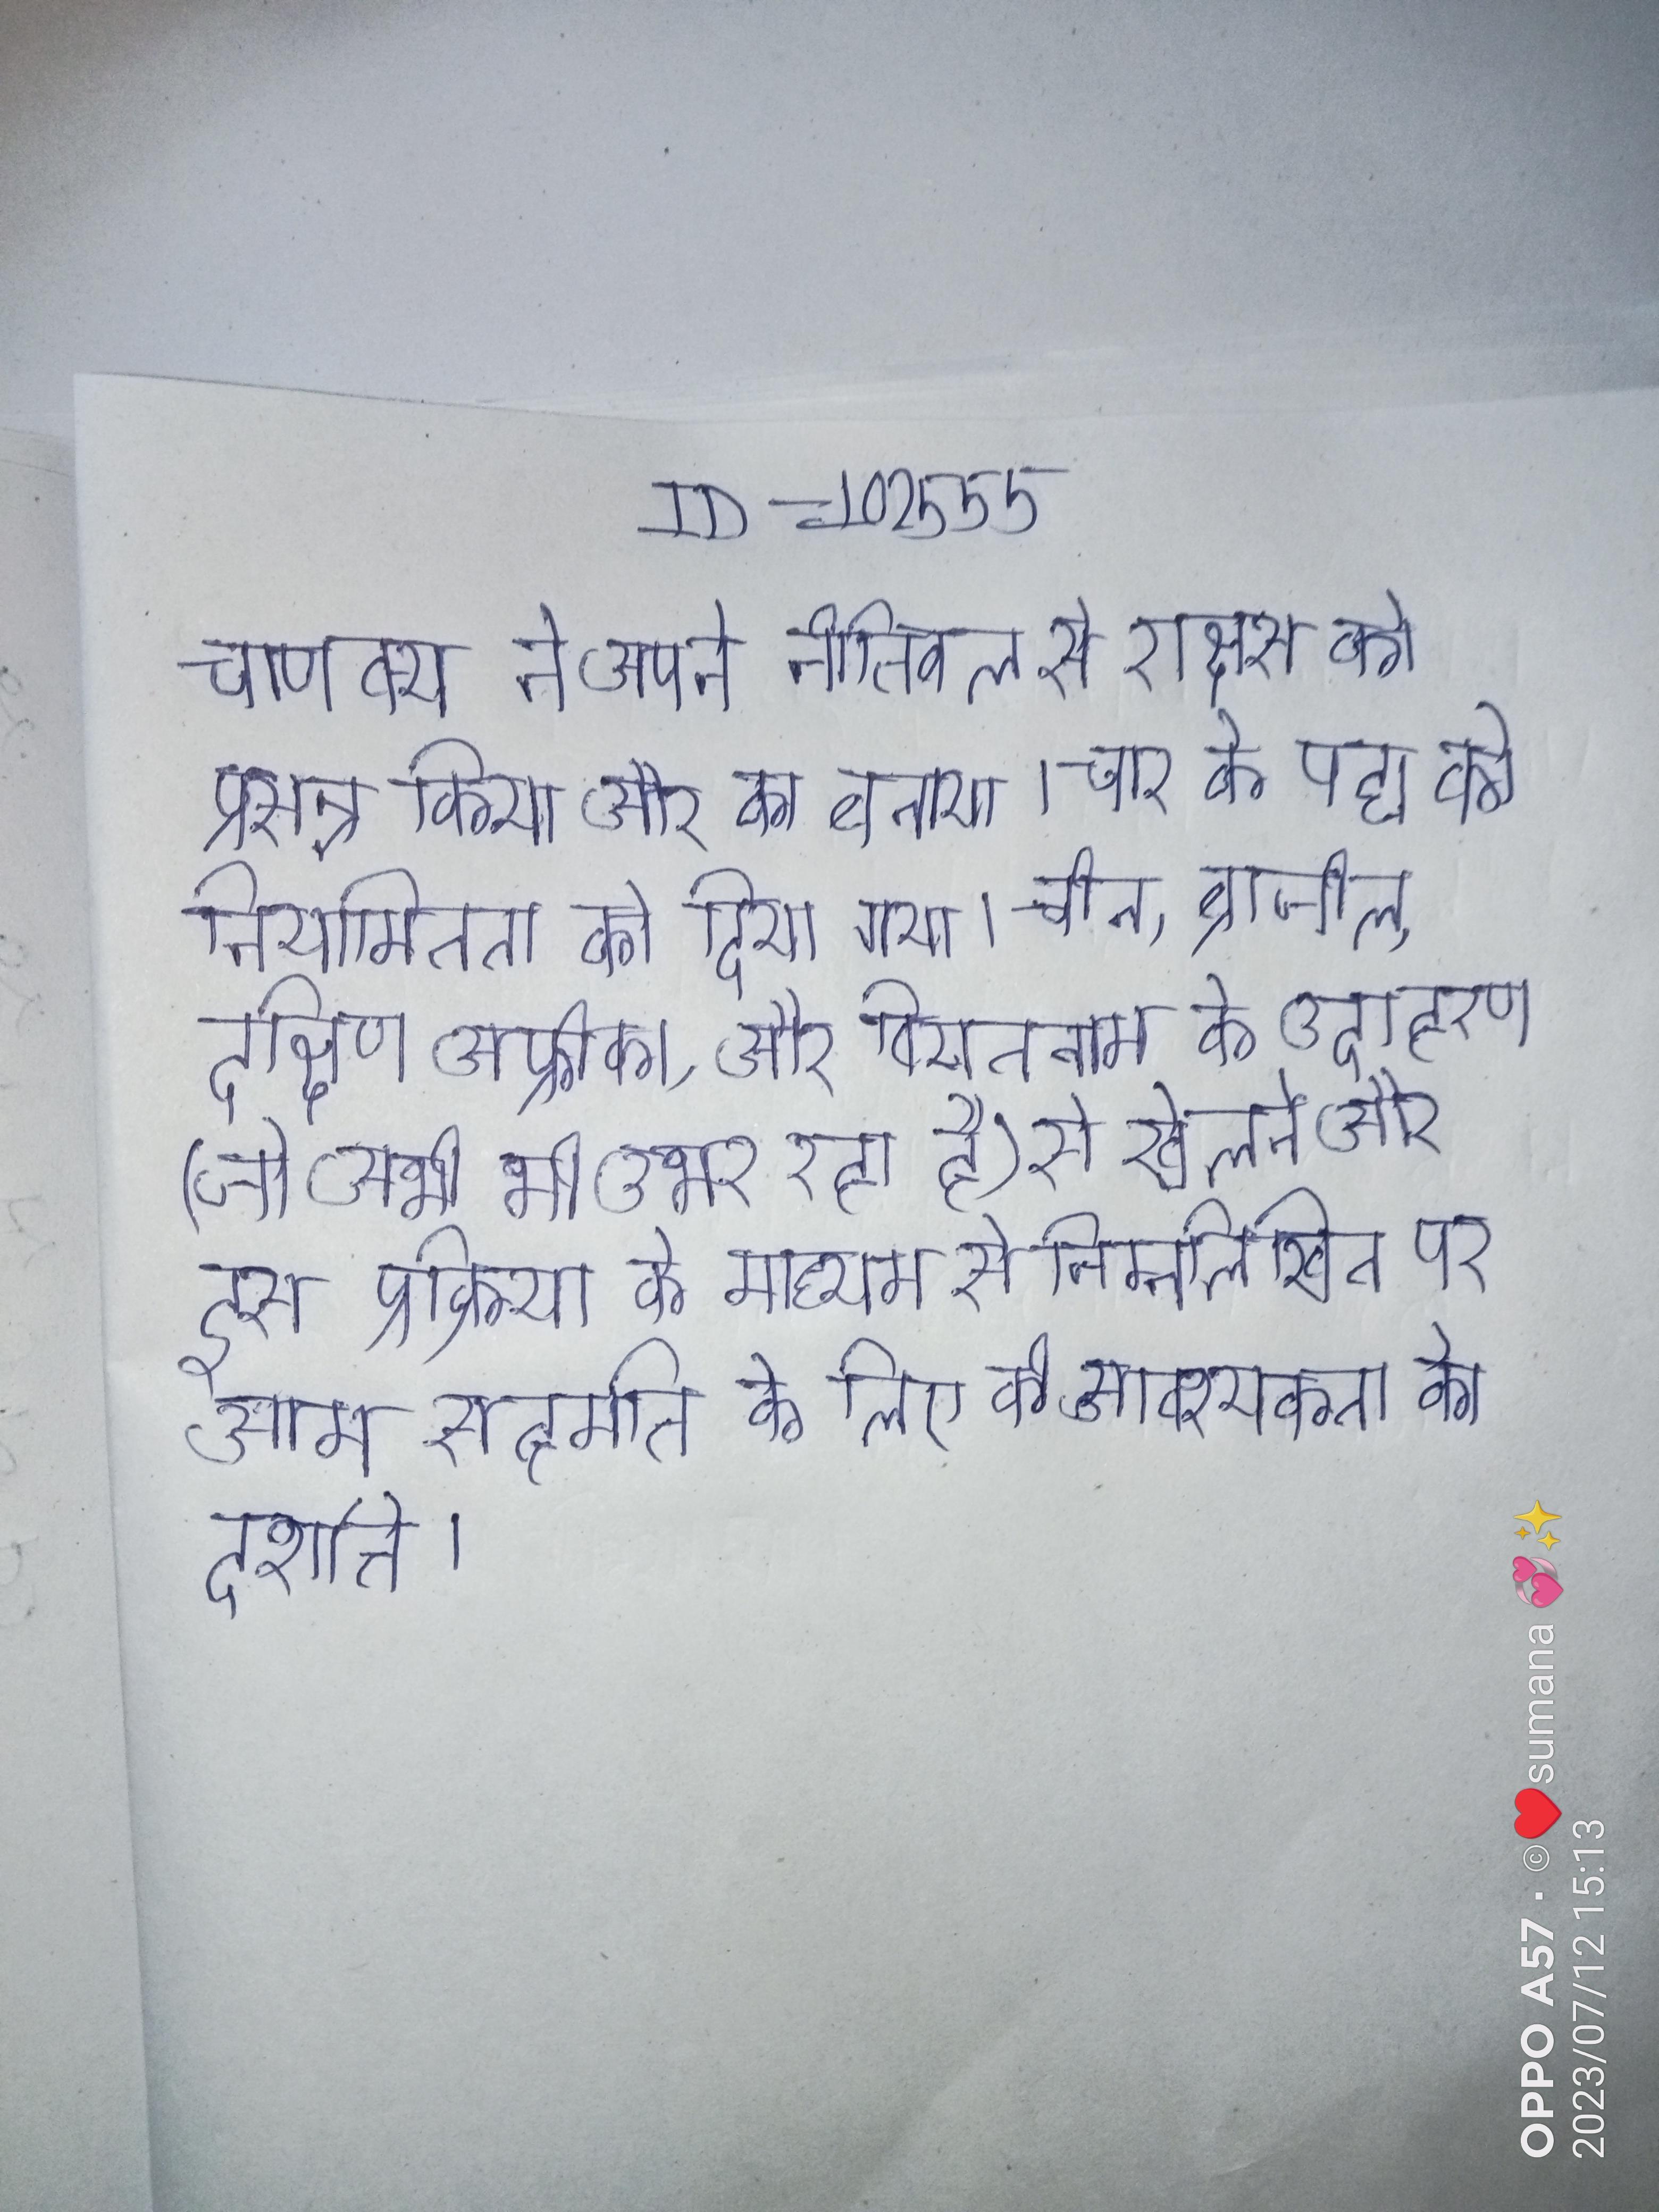
चाणक्य ने अपने नीतिबल से राक्षस को प्रसन्न किया और का बनाया । चार के पद्य की नियमितता को दिया गया । चीन, ब्राजील, दक्षिण अफ्रीका, और वियतनाम के उदाहरण (जो अभी भी उभर रहा है) से खोलने और इस प्रक्रिया के माध्यम से निम्नलिखित पर आम सहमति के लिए की आवश्यकता को दर्शाते ।